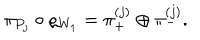
LaTeX: \pi _ { P _ { j } } \circ \varrho _ { W _ { 1 } } = \pi _ { + } ^ { ( j ) } \oplus \pi _ { - } ^ { ( j ) } .